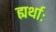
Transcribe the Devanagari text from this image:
ह्यर्थाः